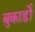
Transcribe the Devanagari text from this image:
बुकार्डो